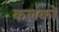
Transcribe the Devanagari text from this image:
कलकों